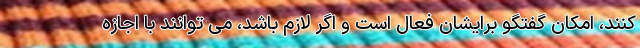
کنند، امکان گفتگو برایشان فعال است و اگر لازم باشد، می توانند با اجازه